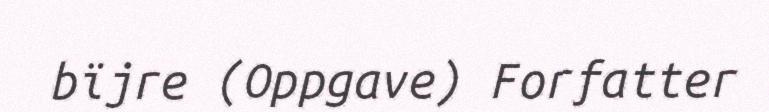
bïjre (Oppgave) Forfatter